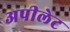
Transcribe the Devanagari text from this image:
अपीलेट